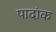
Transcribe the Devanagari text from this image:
पादांक